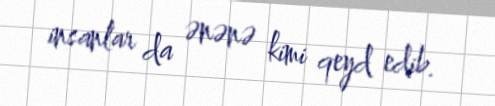
insanlar da ənənə kimi qeyd edib.